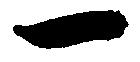
一